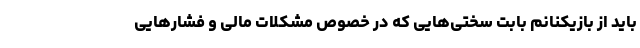
باید از بازیکنانم بابت سختی‌هایی که در خصوص مشکلات مالی و فشارهایی